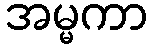
အမ္မကာ